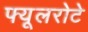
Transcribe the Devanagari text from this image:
फ्यूलरोटे